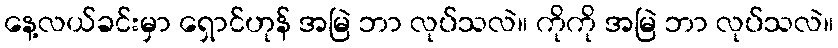
နေ့လယ်ခင်းမှာ ရှောင်ဟုန် အမြဲ ဘာ လုပ်သလဲ။ ကိုကို အမြဲ ဘာ လုပ်သလဲ။